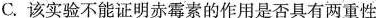
C.该实验不能证明赤霉素的作用是否具有两重性